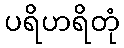
ပရိဟရိတုံ